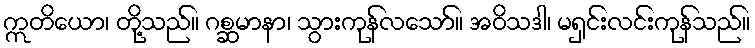
ဣတိယော၊ တို့သည်။ ဂစ္ဆမာနာ၊ သွားကုန်လသော်။ အဝိသဒါ၊ မရှင်းလင်းကုန်သည်။